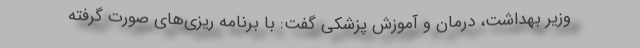
وزیر بهداشت، درمان و آموزش پزشکی گفت: با برنامه ریزی‌های صورت گرفته